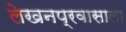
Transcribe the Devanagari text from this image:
लेखनप्रवासाला